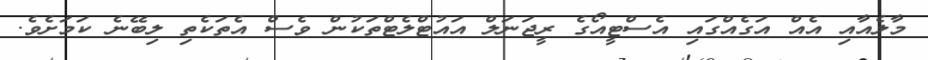
މާލެއާއި އެއް އަގެއްގައި އެސްޓީއޯގެ ރީޖަނަލް އައުޓްލެޓްތަކުން ވެސް އެތަކެތި ލިބޭނެ ކަމަށެވެ.